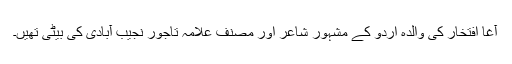
آغا افتخار کی والدہ اردو کے مشہور شاعر اور مصنف علامہ تاجور نجیب آبادی کی بیٹی تھیں۔